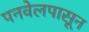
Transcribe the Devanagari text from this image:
पनवेलपासून